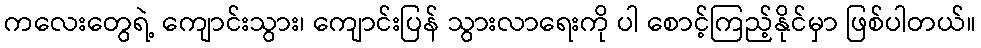
ကလေးတွေရဲ့ ကျောင်းသွား၊ ကျောင်းပြန် သွားလာရေးကို ပါ စောင့်ကြည့်နိုင်မှာ ဖြစ်ပါတယ်။